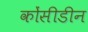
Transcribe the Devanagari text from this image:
कोंसीडीन